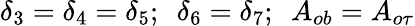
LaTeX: \delta_{3}=\delta_{4}=\delta_{5};~~\delta_{6}=\delta_{7};~~A_{ob}=A_{o\tau}